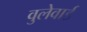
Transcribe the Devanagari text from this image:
वुलेवार्ड